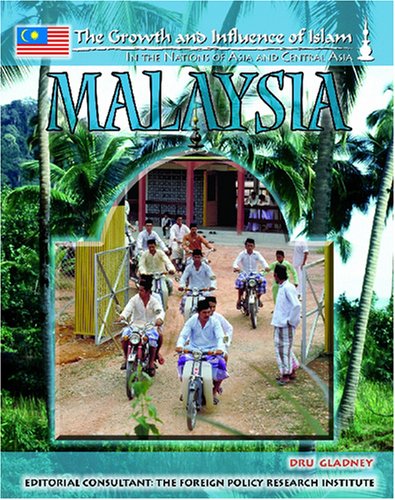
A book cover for Malaysia (The Growth and Influence of Islam in the Nations of Asia and Central Asia); Barbara Aoki Poisson; Teen & Young Adult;